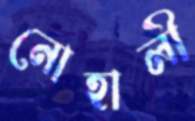
নোহালী